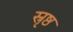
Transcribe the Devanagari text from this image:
स्रृष्ठ